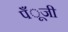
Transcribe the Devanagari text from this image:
पँूजी